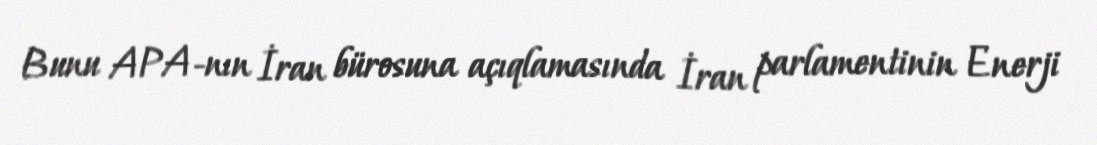
Bunu APA-nın İran bürosuna açıqlamasında İran parlamentinin Enerji